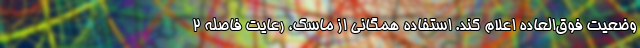
وضعیت فوق‌العاده اعلام کند. استفاده همگانی از ماسک، رعایت فاصله ۲